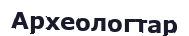
Археологтар